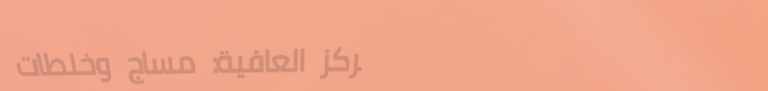
مركز العافية: مساج وخلطات